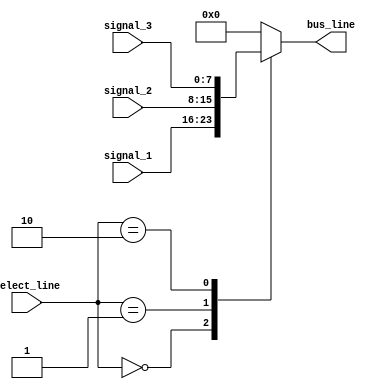
module IO_Bus_Switch (
    input [7:0] signal_1,
    input [7:0] signal_2,
    input [7:0] signal_3,
    input [2:0] select_line,
    output reg [7:0] bus_line
);

always @ (select_line) begin
    case (select_line)
        3'b000: bus_line = signal_1;
        3'b001: bus_line = signal_2;
        3'b010: bus_line = signal_3;
        default: bus_line = 8'b00000000;
    endcase
end

endmodule